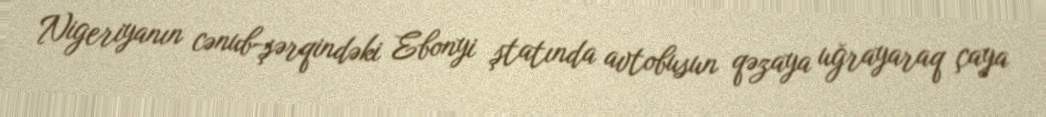
Nigeriyanın cənub-şərqindəki Ebonyi ştatında avtobusun qəzaya uğrayaraq çaya